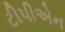
ટીપીએન